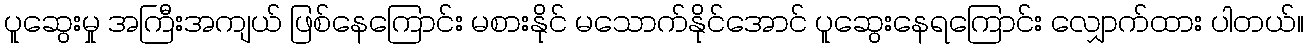
ပူဆွေးမှု အကြီးအကျယ် ဖြစ်နေကြောင်း မစားနိုင် မသောက်နိုင်အောင် ပူဆွေးနေရကြောင်း လျှောက်ထား ပါတယ်။